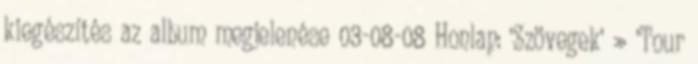
kiegészítés az album megjelenése 03-08-08 Honlap: 'Szövegek' » 'Tour